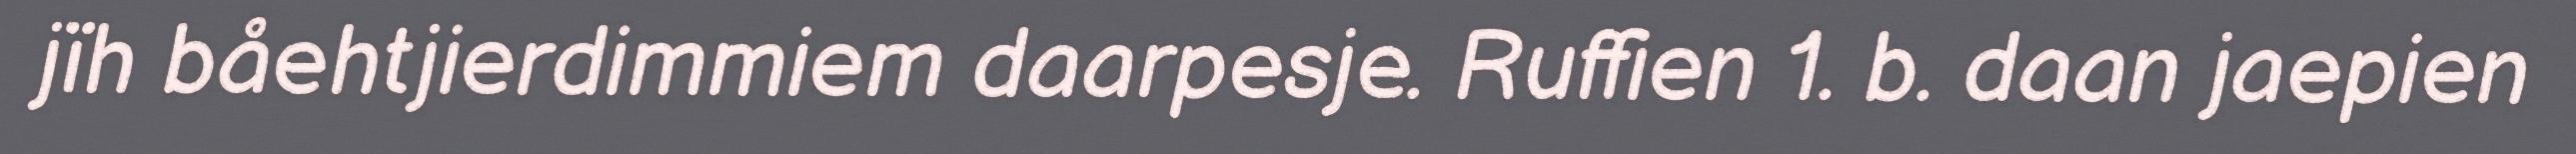
jïh båehtjierdimmiem daarpesje. Ruffien 1. b. daan jaepien